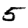
Digit: 5